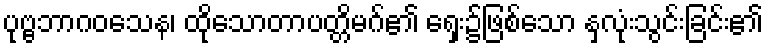
ပုဗ္ဗဘာဂဝသေန၊ ထိုသောတာပတ္တိမဂ်၏ ရှေး၌ဖြစ်သော နှလုံးသွင်းခြင်း၏